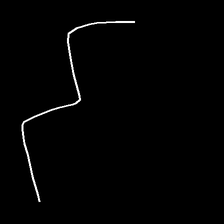
Glyph: crush